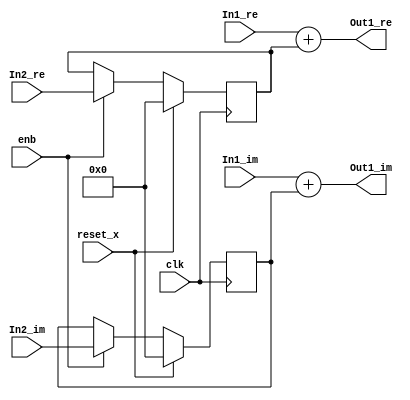
// -------------------------------------------------------------
// 
// 
// Generated by MATLAB 9.8 and HDL Coder 3.16
// 
// -------------------------------------------------------------


// -------------------------------------------------------------
// 
// Module: Complex_Sum3_block20
// Source Path: newhope_cambios/FDHT/DFT_2/DFT10 - block_2/DFT5-row 2/DFT5-2/Complex-Sum3
// Hierarchy Level: 5
// 
// -------------------------------------------------------------

`timescale 1 ns / 1 ns

module Complex_Sum3_block20
          (clk,
           reset_x,
           enb,
           In1_re,
           In1_im,
           In2_re,
           In2_im,
           Out1_re,
           Out1_im);


  input   clk;
  input   reset_x;
  input   enb;
  input   signed [36:0] In1_re;  // sfix37_En22
  input   signed [36:0] In1_im;  // sfix37_En22
  input   signed [36:0] In2_re;  // sfix37_En22
  input   signed [36:0] In2_im;  // sfix37_En22
  output  signed [36:0] Out1_re;  // sfix37_En22
  output  signed [36:0] Out1_im;  // sfix37_En22


  reg signed [36:0] Complex_to_Real_Imag2_out1;  // sfix37_En22
  wire signed [36:0] Sum_out1;  // sfix37_En22
  reg signed [36:0] Complex_to_Real_Imag2_out2;  // sfix37_En22
  wire signed [36:0] Sum1_out1;  // sfix37_En22


  always @(posedge clk)
    begin : delayMatch_process
      if (reset_x == 1'b1) begin
        Complex_to_Real_Imag2_out1 <= 37'sh0000000000;
      end
      else begin
        if (enb) begin
          Complex_to_Real_Imag2_out1 <= In2_re;
        end
      end
    end



  assign Sum_out1 = In1_re + Complex_to_Real_Imag2_out1;



  assign Out1_re = Sum_out1;

  always @(posedge clk)
    begin : delayMatch1_process
      if (reset_x == 1'b1) begin
        Complex_to_Real_Imag2_out2 <= 37'sh0000000000;
      end
      else begin
        if (enb) begin
          Complex_to_Real_Imag2_out2 <= In2_im;
        end
      end
    end



  assign Sum1_out1 = In1_im + Complex_to_Real_Imag2_out2;



  assign Out1_im = Sum1_out1;

endmodule  // Complex_Sum3_block20